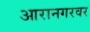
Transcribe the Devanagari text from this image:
आरानगरवर